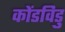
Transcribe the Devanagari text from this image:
कोंडविडु